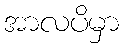
အာလပိမှာ